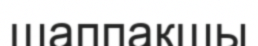
шаппақшы